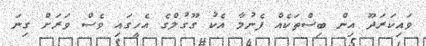
ވައިކަރަދޫ އިން ބިސްތަކެއް ފެނުމާ އެކު ގޫގުލްގެ އެހީގައި ވެސް ވަރަށް ގިނަ